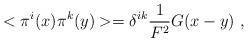
LaTeX: \begin{align*}< \pi^{i}(x) \pi^{k}(y) > = \delta^{ik} \frac{1}{F^{2}} G (x-y) \ ,\end{align*}